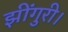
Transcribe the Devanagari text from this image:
झींगुरी।